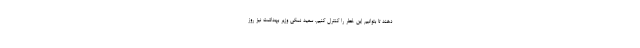
دهند تا بتوانیم این خطر را کنترل کنیم. سعید نمکی وزیر بهداشت نیز روز